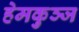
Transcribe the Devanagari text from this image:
हेमकुञ्ज